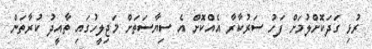
ރުޅި ގަދަކޮށްލުމަށް ފަހު ސަރުކާރާ އެއްކޮށް އެ ސިޔާސަތަށް މަޖިލީހުގައި ތާއީދު ކުރާތަން